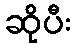
ဆိုပီး